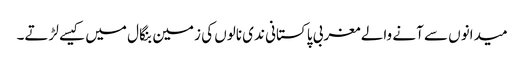
میدانوں سے آنے والے مغربی پاکستانی ندی نالوں کی زمین بنگال میں کیسے لڑتے۔